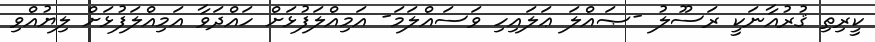
ކީރިތި ޤުރުއާނަކީ ރަސޫލު -ޞައްލަ ޢަލައިހި ވަސައްލަމަ- އަމިއްލަފުޅަށް ހައްދަވާ އަމިއްލަފުޅަށް ލިޔުއްވި